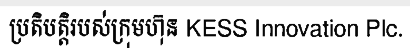
ប្រតិបត្តិរបស់ក្រុមហ៊ុន KESS Innovation Plc.